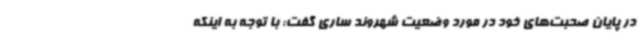
در پایان صحبت‌های خود در مورد وضعیت شهروند ساری گفت: با توجه به اینکه